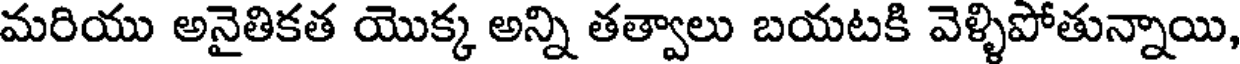
మరియు అనైతికత యొక్క అన్ని తత్వాలు బయటకి వెళ్ళిపోతున్నాయి,